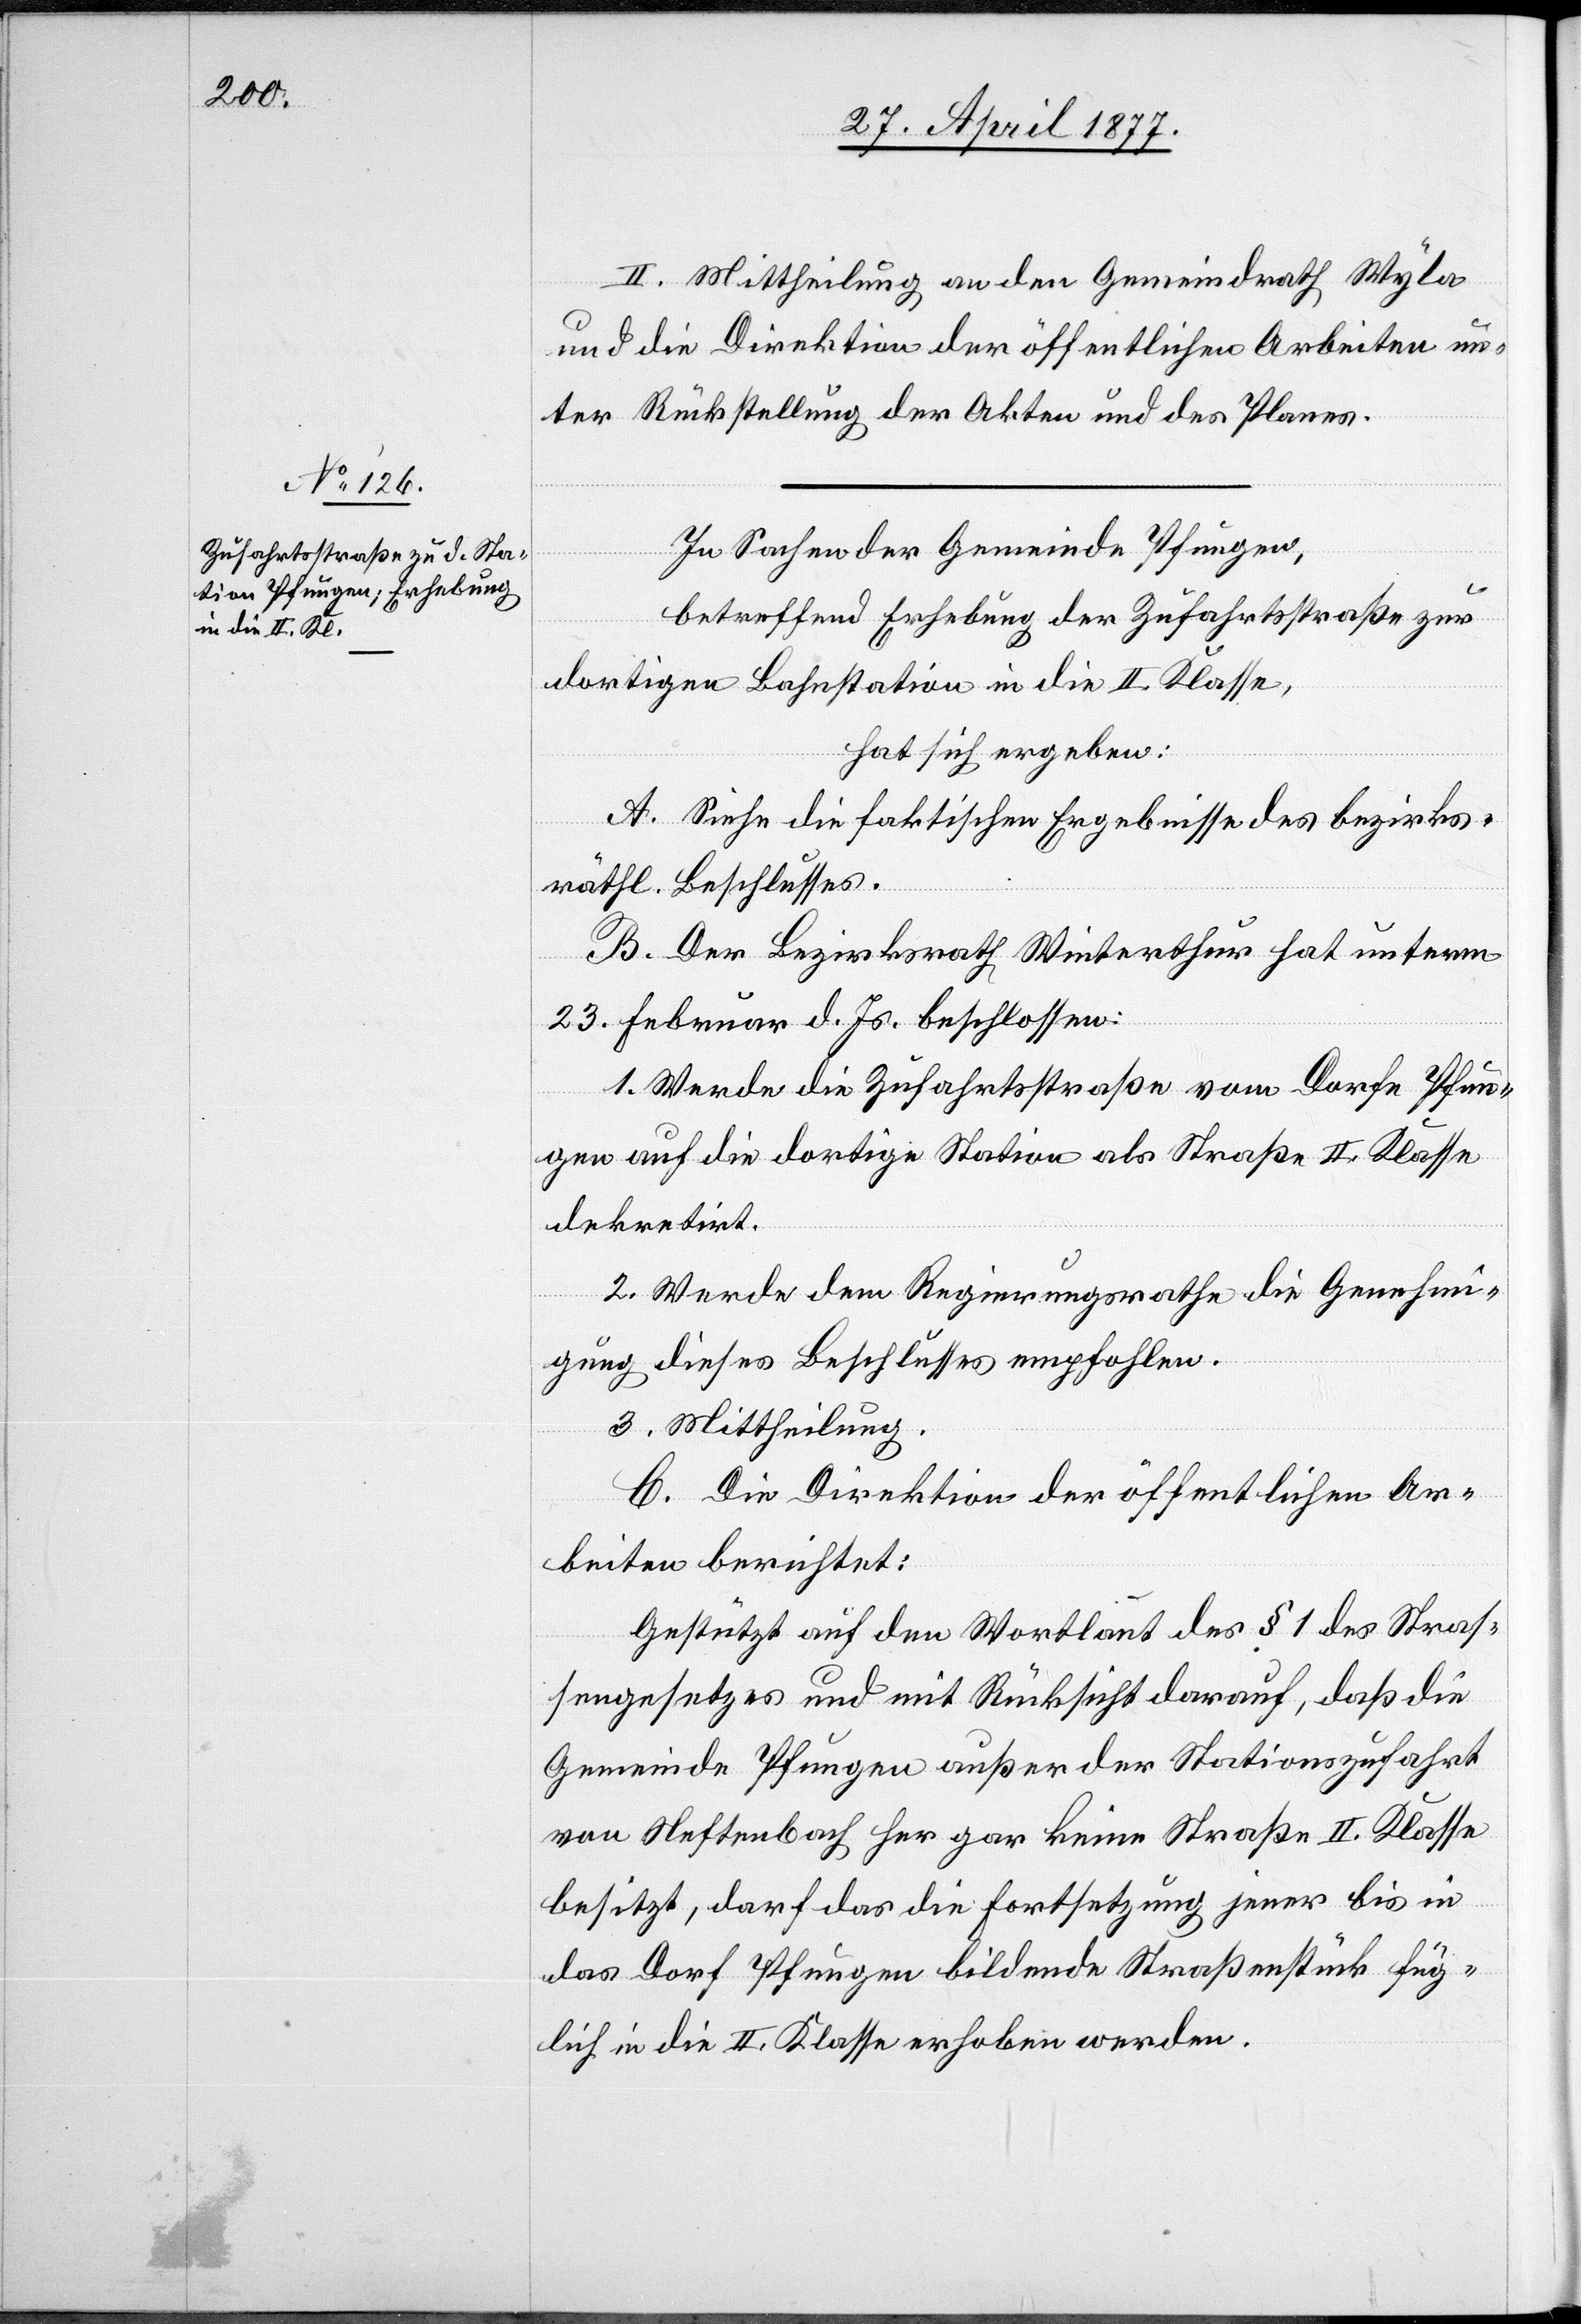
II. Mittheilung an den Gemeindrath Wyla
und die Direktion der öffentlichen Arbeiten un¬
ter Rückstellung der Akten und des Planes.
In Sachen der Gemeinde Pfungen,
betreffend Erhebung der Zufahrtsstraße zur
dortigen Bahnstation in die II. Klasse,
hat sich ergeben:
A. Siehe die faktischen Ergebnisse des bezirks¬
räthl. Beschlusses.
B. Der Bezirksrath Winterthur hat unterm
23. Februar d. Js. beschlossen:
1. Werde die Zufahrtsstraße vom Dorfe Pfun¬
gen auf die dortige Station als Straße II. Klasse
dekretirt.
2. Werde dem Regierungsrathe die Genehmi¬
gung dieses Beschlusses empfohlen.
3. Mittheilung.
C. Die Direktion der öffentlichen Ar¬
beiten berichtet:
Gestützt auf den Wortlaut des § 1 des Straß¬
engesetzes und mit Rücksicht darauf, daß die
Gemeinde Pfungen außer der Stationszufahrt
von Neftenbach her gar keine Straße II. Klasse
besitzt, darf das die Fortsetzung jener bis in
das Dorf Pfungen bildende Straßenstück füg¬
lich in die II. Klasse erhoben werden.